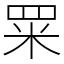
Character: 䍘